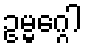
ဥမ္မဂ္ဂေါ